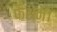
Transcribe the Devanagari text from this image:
फैशन।